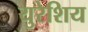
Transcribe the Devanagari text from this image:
युरेशिय